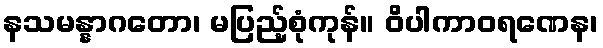
နသမန္နာဂတော၊ မပြည့်စုံကုန်။ ဝိပါကာဝရဏေန၊